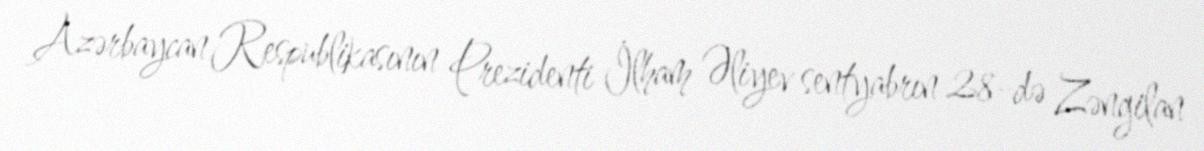
Azərbaycan Respublikasının Prezidenti İlham Əliyev sentyabrın 28-də Zəngilan